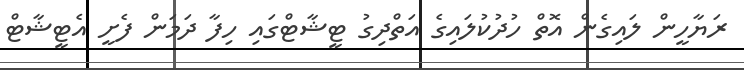
ރަޔާހީން ލައިގެން އޮތް ހުދުކުލައިގެ އަތްދިގު ޓީޝާޓްގައި ހިފާ ދަމަން ފެށީ އެޓީޝާޓް